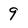
Character: 9